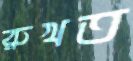
রুখত